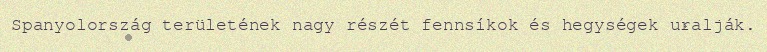
Spanyolország területének nagy részét fennsíkok és hegységek uralják.